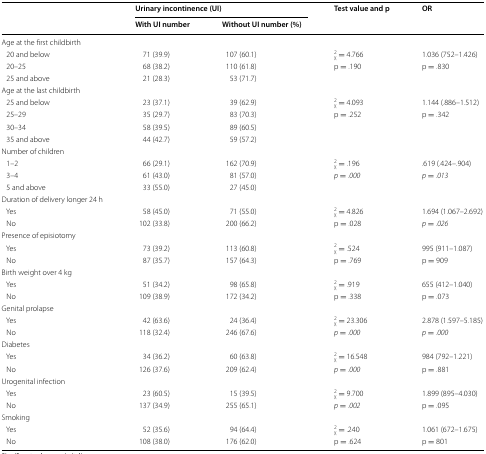
<table><thead><tr><td rowspan="2"></td><td colspan="2"><b>Urinary incontinence (UI)</b></td><td rowspan="2"><b>Test value and p</b></td><td rowspan="2"><b>OR</b></td></tr><tr><td><b>With UI number</b></td><td><b>Without UI number (%)</b></td></tr></thead><tbody><tr><td>Age at the first childbirth</td><td></td><td></td><td></td><td></td></tr><tr><td> 20 and below</td><td>71 (39.9)</td><td>107 (60.1)</td><td><sub>χ</sub><sup>2</sup> = 4.766</td><td>1.036 (752–1.426)</td></tr><tr><td> 20–25</td><td>68 (38.2)</td><td>110 (61.8)</td><td>p = .190</td><td>p = .830</td></tr><tr><td> 25 and above</td><td>21 (28.3)</td><td>53 (71.7)</td><td></td><td></td></tr><tr><td>Age at the last childbirth</td><td></td><td></td><td></td><td></td></tr><tr><td> 25 and below</td><td>23 (37.1)</td><td>39 (62.9)</td><td><sub>χ</sub><sup>2</sup> = 4.093</td><td>1.144 (.886–1.512)</td></tr><tr><td> 25–29</td><td>35 (29.7)</td><td>83 (70.3)</td><td>p = .252</td><td>p = .342</td></tr><tr><td> 30–34</td><td>58 (39.5)</td><td>89 (60.5)</td><td></td><td></td></tr><tr><td> 35 and above</td><td>44 (42.7)</td><td>59 (57.2)</td><td></td><td></td></tr><tr><td>Number of children</td><td></td><td></td><td></td><td></td></tr><tr><td> 1–2</td><td>66 (29.1)</td><td>162 (70.9)</td><td><sub>χ</sub><sup>2</sup> = .196</td><td>.619 (.424–.904)</td></tr><tr><td> 3–4</td><td>61 (43.0)</td><td>81 (57.0)</td><td><i>p</i> <i>=</i> <i>.000</i></td><td><i>p</i> <i>=</i> <i>.013</i></td></tr><tr><td> 5 and above</td><td>33 (55.0)</td><td>27 (45.0)</td><td></td><td></td></tr><tr><td>Duration of delivery longer 24 h</td><td></td><td></td><td></td><td></td></tr><tr><td> Yes</td><td>58 (45.0)</td><td>71 (55.0)</td><td><sub>χ</sub><sup>2</sup> = 4.826</td><td>1.694 (1.067–2.692)</td></tr><tr><td> No</td><td>102 (33.8)</td><td>200 (66.2)</td><td>p = .028</td><td><i>p</i> <i>=</i> <i>.026</i></td></tr><tr><td>Presence of episiotomy</td><td></td><td></td><td></td><td></td></tr><tr><td> Yes</td><td>73 (39.2)</td><td>113 (60.8)</td><td><sub>χ</sub><sup>2</sup> = .524</td><td>995 (911–1.087)</td></tr><tr><td> No</td><td>87 (35.7)</td><td>157 (64.3)</td><td>p = .769</td><td>p = 909</td></tr><tr><td>Birth weight over 4 kg</td><td></td><td></td><td></td><td></td></tr><tr><td> Yes</td><td>51 (34.2)</td><td>98 (65.8)</td><td><sub>χ</sub><sup>2</sup> = .919</td><td>655 (412–1.040)</td></tr><tr><td> No</td><td>109 (38.9)</td><td>172 (34.2)</td><td>p = .338</td><td>p = .073</td></tr><tr><td>Genital prolapse</td><td></td><td></td><td></td><td></td></tr><tr><td> Yes</td><td>42 (63.6)</td><td>24 (36.4)</td><td><sub>χ</sub><sup>2</sup> = 23.306</td><td>2.878 (1.597–5.185)</td></tr><tr><td> No</td><td>118 (32.4)</td><td>246 (67.6)</td><td><i>p</i> <i>=</i> <i>.000</i></td><td><i>p</i> <i>=</i> <i>.000</i></td></tr><tr><td>Diabetes</td><td></td><td></td><td></td><td></td></tr><tr><td> Yes</td><td>34 (36.2)</td><td>60 (63.8)</td><td><sub>χ</sub><sup>2</sup> = 16.548</td><td>984 (792–1.221)</td></tr><tr><td> No</td><td>126 (37.6)</td><td>209 (62.4)</td><td><i>p</i> <i>=</i> <i>.000</i></td><td>p = .881</td></tr><tr><td>Urogenital infection</td><td></td><td></td><td></td><td></td></tr><tr><td> Yes</td><td>23 (60.5)</td><td>15 (39.5)</td><td><sub>χ</sub><sup>2</sup> = 9.700</td><td>1.899 (895–4.030)</td></tr><tr><td> No</td><td>137 (34.9)</td><td>255 (65.1)</td><td><i>p</i> <i>=</i> <i>.002</i></td><td>p = .095</td></tr><tr><td>Smoking</td><td></td><td></td><td></td><td></td></tr><tr><td> Yes</td><td>52 (35.6)</td><td>94 (64.4)</td><td><sub>χ</sub><sup>2</sup> = .240</td><td>1.061 (672–1.675)</td></tr><tr><td> No</td><td>108 (38.0)</td><td>176 (62.0)</td><td>p = .624</td><td>p = 801</td></tr></tbody></table>